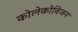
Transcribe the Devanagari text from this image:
कोलेकोविजन